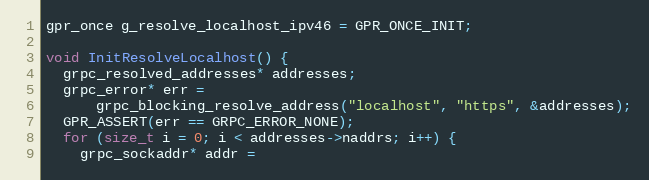
Language: C++
gpr_once g_resolve_localhost_ipv46 = GPR_ONCE_INIT;

void InitResolveLocalhost() {
  grpc_resolved_addresses* addresses;
  grpc_error* err =
      grpc_blocking_resolve_address("localhost", "https", &addresses);
  GPR_ASSERT(err == GRPC_ERROR_NONE);
  for (size_t i = 0; i < addresses->naddrs; i++) {
    grpc_sockaddr* addr =